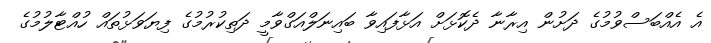
އެ އެއްބަސްވުމުގެ ދަށުން އިރާނާ ދެކޮޅަށް އަޅާފައިވާ ބައިނަލްއަގްވާމީ ދަތިކުރުމުގެ ފިޔަވަޅުތައް ހުއްޓާލުމުގެ